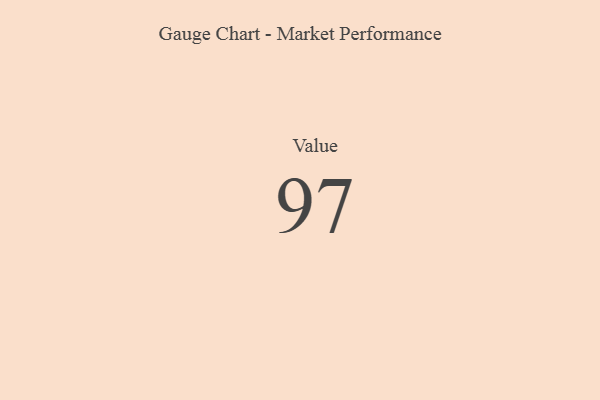
{"axis": {"x": "Metric", "y": "Value"}, "legend": [""], "data": [{"x": "Value", "y": 97, "type": ""}]}